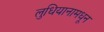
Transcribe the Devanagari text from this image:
लुधियानामधून